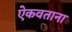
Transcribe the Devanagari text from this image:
ऐकवताना